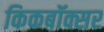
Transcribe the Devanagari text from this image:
किकबॉक्सर